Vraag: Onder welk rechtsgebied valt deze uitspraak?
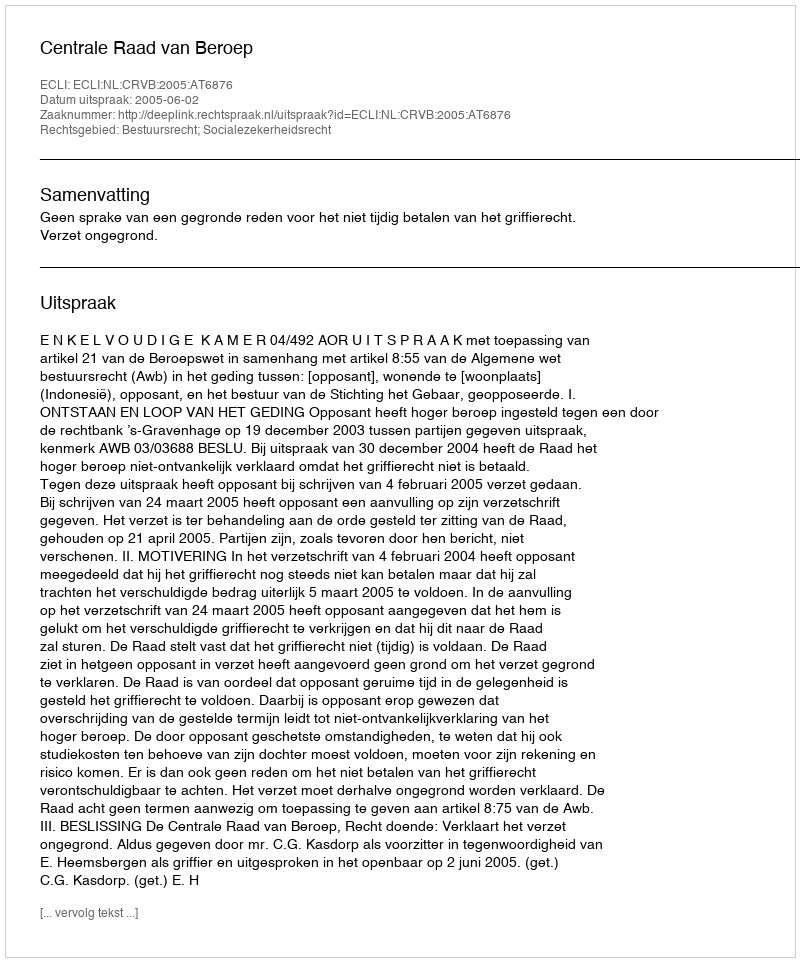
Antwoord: Bestuursrecht; Socialezekerheidsrecht